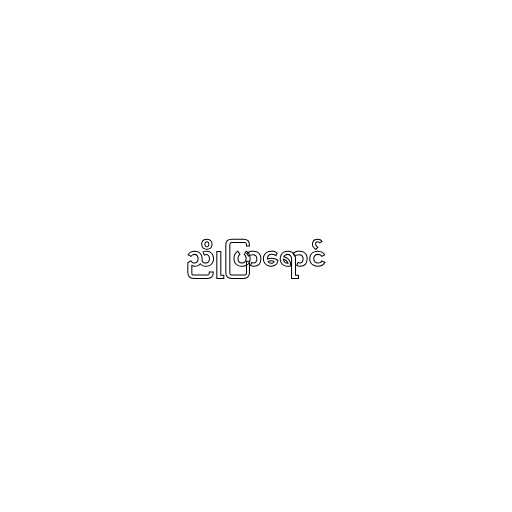
ညိုပြာရောင်